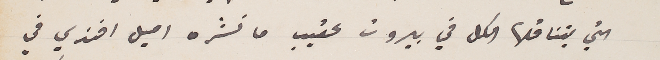
التي يتناقلها الكل في بيروت عقيب ما نشره اميل افندي في